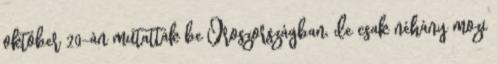
október 20-án mutatták be Oroszországban, de csak néhány mozi